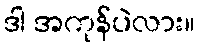
ဒါ အကုန်ပဲလား။